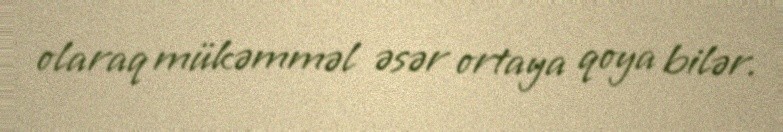
olaraq mükəmməl əsər ortaya qoya bilər.